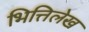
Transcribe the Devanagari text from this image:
भित्तिलेख